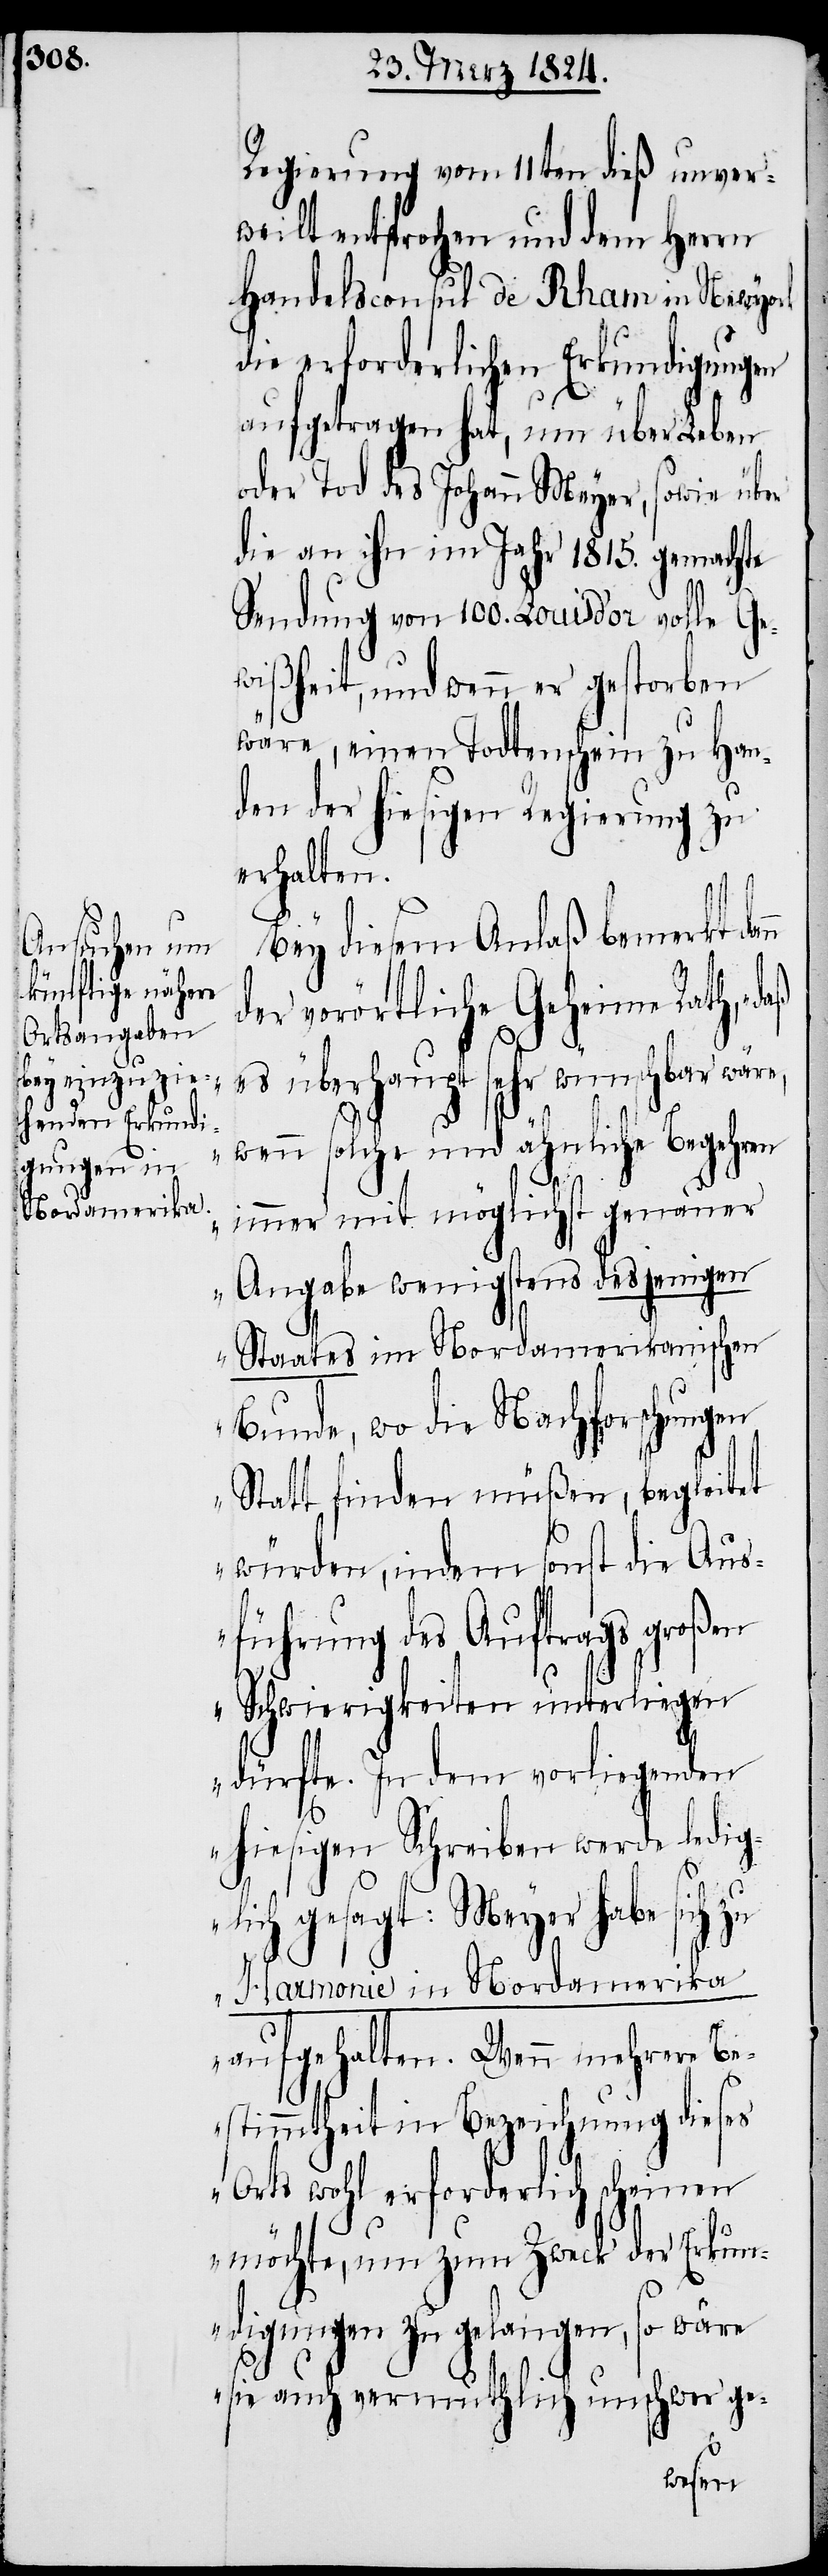
Regierung vom 11ten dieß unver¬
weilt entsprochen und dem Herrn
Handelsconsul de Rham in Newyork
die erforderlichen Erkundigungen
aufgetragen hat, um über Leben
oder Tod des Johann Meyer, sowie über
die an ihn im Jahr 1815. gemachte
Sendung von 100. Louis d’or volle Ge¬
wißheit, und wenn er gestorben
wäre, einen Todtenschein zu Han¬
den der hiesigen Regierung zu
erhalten.
Bey diesem Anlaß bemerkt dann
der vorörtliche Geheime, „daß
es überhaupt sehr wünschbar wäre,
wenn solche und ähnliche Begehren
immer mit möglichst genauer
Angabe wenigstens desjenigen
Staates im Nordamerikanischen
Bunde, wo die Nachforschungen
Statt finden müßen, begleitet
würden, indem sonst die Aus¬
führung des Auftrags großen
Schwierigkeiten unterliegen
dürfte. In dem vorliegenden
hiesigen Schreiben werde ledigl¬
ich gesagt: Meyer habe sich
Harmonie in Nordamerika
aufgehalten. Wenn mehrere Be¬
stimmtheit in Bezeichnung dieses
Orts wohl erforderlich scheinen
möchte, um zum Zweck der Erkun¬
digungen zu gelangen, so wäre
sie auch vermuthlich unschwer ge-